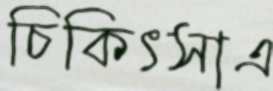
চিকিৎসাএ